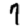
Digit: 7